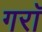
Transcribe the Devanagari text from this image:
गराॅ